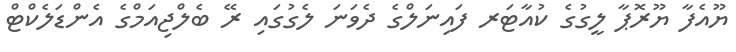
ޔޫއެފާ ޔޫރޮޕާ ލީގުގެ ކުއާޓަރ ފައިނަލްގެ ދެވަނަ ލެގުގައި ރޭ ބެލްޖިއަމްގެ އެންޑަލެކްޓް